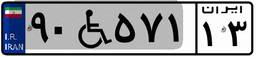
۹۰W۵۷۱۱۳